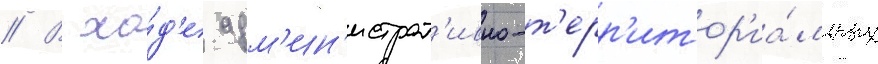
// В хо́д'е адм'ин'истрат'ивно-т'ерр'итор'иа́льных